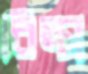
বিল্স